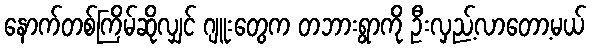
နောက်တစ်ကြိမ်ဆိုလျှင် ဂျူးတွေက တဘားရွာကို ဦးလှည့်လာတော့မယ်